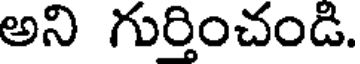
అని గుర్తించండి.